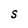
Character: S